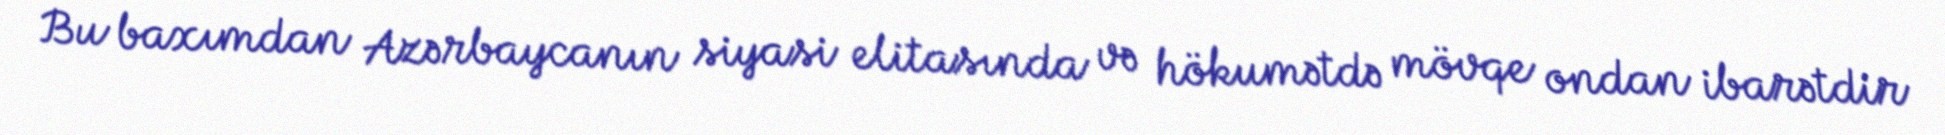
Bu baxımdan Azərbaycanın siyasi elitasında və hökumətdə mövqe ondan ibarətdir